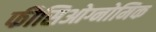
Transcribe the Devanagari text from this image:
फीसिओग्नोमिक